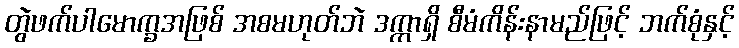
တွဲဖက်ပါမောက္ခအဖြစ် အစမဟုတ်ဘဲ ဒက္ကာရှိ စီမံကိန်းနာမည်ဖြင့် ဘက်စုံနှင့်